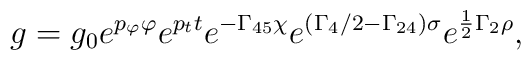
\displaystyle{ g=g_0 e^{ p_{\varphi} \varphi}e^{p_t  t}e^{-\Gamma_{45}\chi}e^{(\Gamma_4/2-\Gamma_{24})\sigma}e^{\frac{1}{2 } \Gamma_2 \rho }} ,